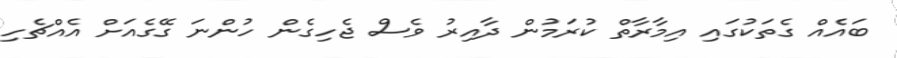
ބައެއް ގެތަކުގައި އިމާރާތް ކުރަމުން ދާއިރު ވެސް ޖެހިގެން ހުންނަ ގޭގެއަށް އެއްޗެހި